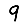
Digit: 9